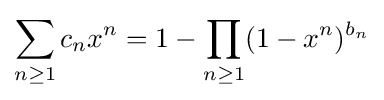
\sum _{n\geq 1}c_{n}x^{n}=1-\prod _{n\geq 1}(1-x^{n})^{b_{n}}